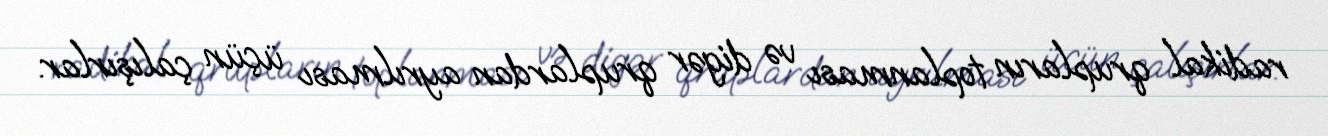
radikal qrupların toplanması və digər qruplardan ayrılması üçün çalışırlar.